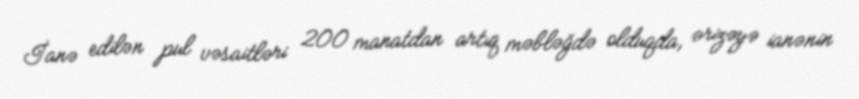
İanə edilən pul vəsaitləri 200 manatdan artıq məbləğdə olduqda, ərizəyə ianənin